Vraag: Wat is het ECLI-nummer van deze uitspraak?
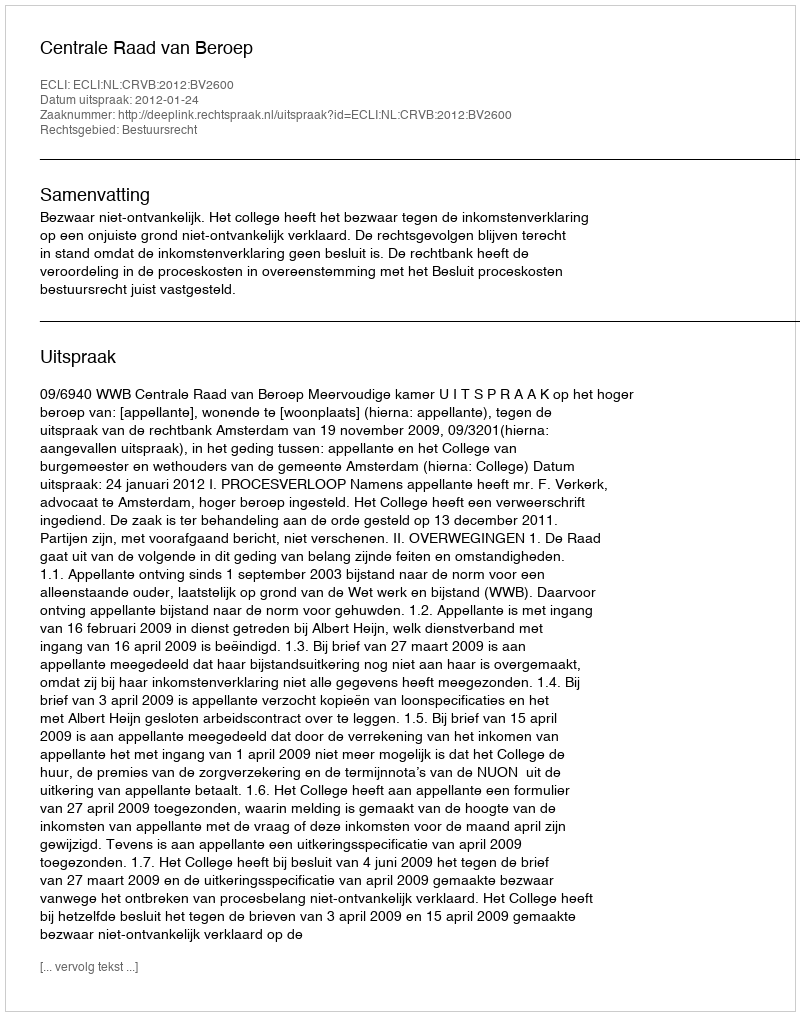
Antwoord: ECLI:NL:CRVB:2012:BV2600